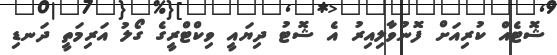
ޝޮޓެއް ކުރިއަށް ފޮނުވާލިއިރު އެ ޝޮޓު ދިޔައީ ވިކްޓްރީގެ ގޯލު އަރިމަތީ ދަނޑި